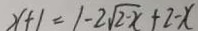
x + 1 = 1 - 2 \sqrt { 2 - x } + 2 - x